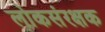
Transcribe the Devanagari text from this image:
लोकसंरक्षक